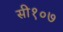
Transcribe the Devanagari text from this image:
सी१०७